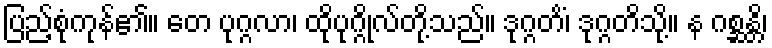
ပြည့်စုံကုန်၏။ တေ ပုဂ္ဂလာ၊ ထိုပုဂ္ဂိုလ်တို့သည်။ ဒုဂ္ဂတိံ၊ ဒုဂ္ဂတိသို့။ န ဂစ္ဆန္တိ၊